[Report on the health of British troops in the Madras command]
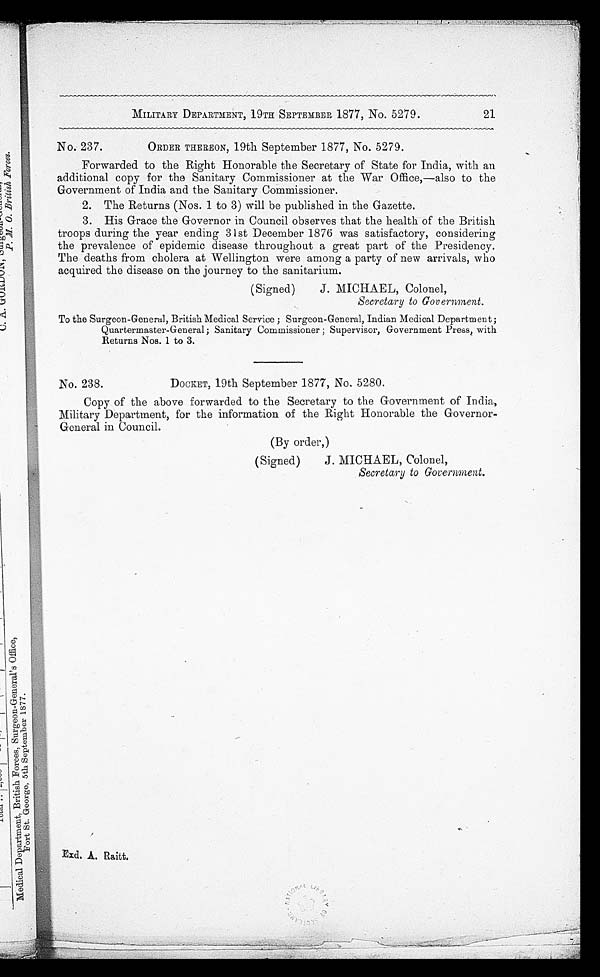
MILITARY DEPARTMENT, 19TH SEPTEMBER 1877, No. 5279.
No. 237.
ORDER THEREON, 19th September 1877, No. 5279.
Forwarded to the Right Honorable the Secretary of State for India, with an
additional copy for the Sanitary Commissioner at the War Office,—also to the
Government of India and the Sanitary Commissioner.
2. The Returns (Nos. 1 to 3) will be published in the Gazette.
3. His Grace the Governor in Council observes that the health of the British
troops during the year ending 31st December 1876 was satisfactory, considering
the prevalence of epidemic disease throughout a great part of the Presidency.
The deaths from cholera at Wellington were among a party of new arrivals, who
acquired the disease on the journey to the sanitarium.
(Signed)
J. MICHAEL, Colonel,
Secretary to Government.
To the Surgeon-General, British Medical Service; Surgeon-General, Indian Medical Department;
Quartermaster-General; Sanitary Commissioner; Supervisor, Government Press, with
Returns Nos. 1 to 3.
No. 238.
DOCKET, 19th September 1877, No. 5280.
Copy of the above forwarded to the Secretary to the Government of India,
Military Department, for the information of the Right Honorable the Governor-
General in Council.
(By order,)
(Signed)
J. MICHAEL, Colonel,
Secretary to Government.
21
dad. A. Raitt.